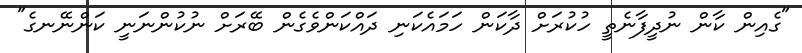
"ގެއިން ކާން ނުދީފާނެތީ ހުކުރަށް ދާކަން ހަމައެކަނި ދައްކަންވެގެން ބޭރަށް ނުކުންނަނީ ކަންނޭނގެ"